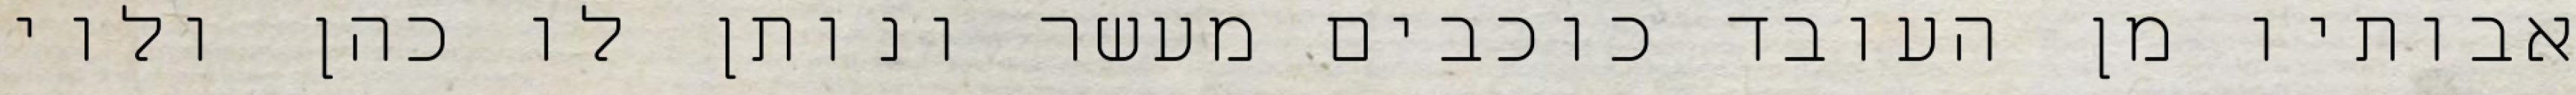
אבותיו מן העובד כוכבים מעשר ונותן לו כהן ולוי